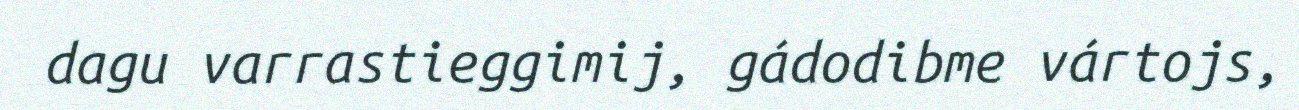
dagu varrastieggimij, gádodibme vártojs,